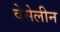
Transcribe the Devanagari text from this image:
वेसेलीन